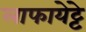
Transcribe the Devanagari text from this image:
लाफायेट्टे